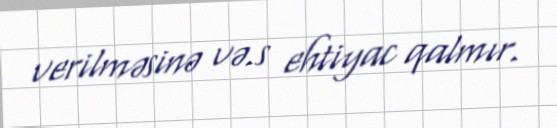
verilməsinə və.s ehtiyac qalmır.